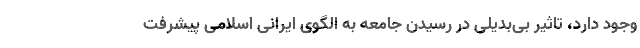
وجود دارد، تاثیر بی‌بدیلی در رسیدن جامعه به الگوی ایرانی اسلامی پیشرفت